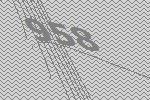
958